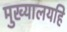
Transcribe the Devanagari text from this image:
मुख्यालयहि